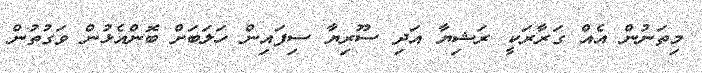
މިތަނުން އެއް ގަރާރަކީ ރަޝިޔާ އަދި ސޫރިޔާ ސިފައިން ހަލަބަށް ބޮންއެޅުން ވަގުތުން